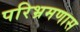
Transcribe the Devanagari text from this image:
परिभ्रमणास